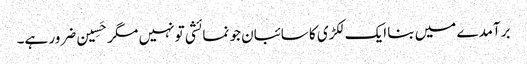
برآمدے میں بنا ایک لکڑی کا سائبان جو نمائشی تو نہیں مگر حَسِین ضرور ہے۔